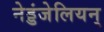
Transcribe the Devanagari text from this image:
नेड्डंजेलियन्